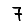
Digit: 7